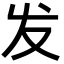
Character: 发